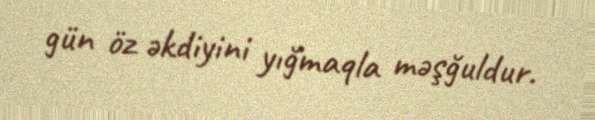
gün öz əkdiyini yığmaqla məşğuldur.